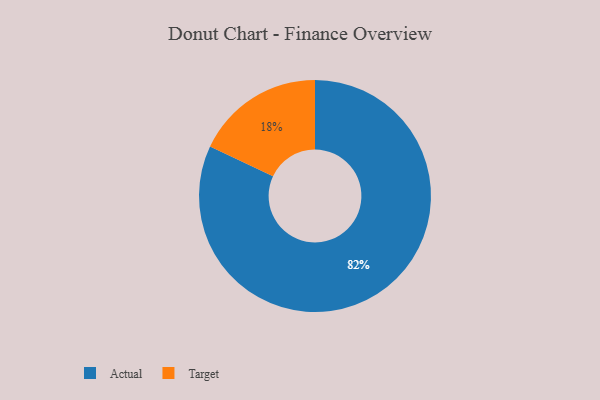
{"axis": {"x": "Category", "y": "Percentage"}, "legend": ["Actual", "Target"], "data": [{"x": "Actual", "y": 82, "type": "Actual"}, {"x": "Target", "y": 18, "type": "Target"}]}